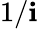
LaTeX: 1/\mathbf{i}